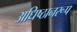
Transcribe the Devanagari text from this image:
अधिष्ठानरूप